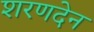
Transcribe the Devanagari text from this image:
शरणदेन